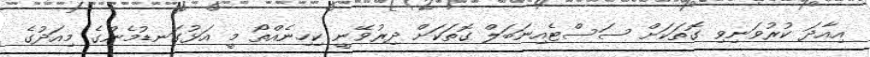
އިއާދަ ކުރުވަނިވި ގޮތަކަށް ސަސްޓެއިނަބަލް ގޮތަކަށް ދިރުވޭނީ ކިހިނެއްތޯ މީ އަޅުގަނޑުމެންގެ މިއަދުގެ